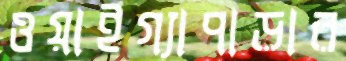
ওয়াইগ্যাপাড়ার